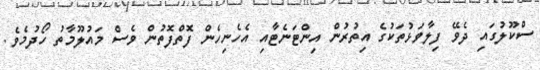
ސްކޫލުގައި ދެވޭ ފިލާވަޅުތަކުގެ އިތުރުން އިންޓަނެޓާއި އެހެނިހެން ފޮތްފޮތުން ވެސް މައުލޫމާތު ހޯދުމެވެ.